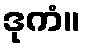
ဒုကံ။